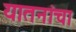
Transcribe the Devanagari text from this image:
यातनांचा